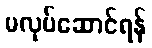
မလုပ်ဆောင်ရန်